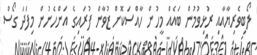
ލޯބިވެރިޔާއާއި ރުޅިވުމުން ބައެއް މީހުން ހާއްސަކޮށް ޒުވާން ފުރައިގެ އަންހެނުން މިފަދަ ގޯސް